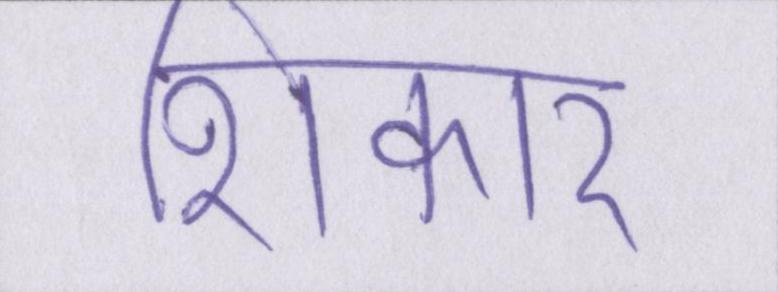
शिकार